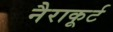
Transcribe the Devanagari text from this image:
नैराकूर्ट